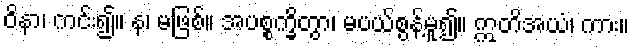
ဝိနာ၊ ကင်း၍။ န၊ မဖြစ်။ အပစ္စက္ခိတွာ၊ မပယ်စွန့်မူ၍။ ဣတိအယံ၊ ကား။